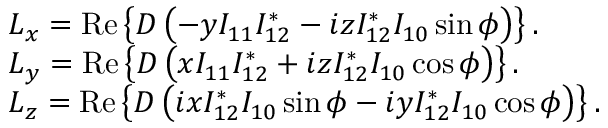
\begin{array} { r l } & { L _ { x } = \operatorname { R e } \left\{ D \left( - y I _ { 1 1 } I _ { 1 2 } ^ { * } - i z I _ { 1 2 } ^ { * } I _ { 1 0 } \sin \phi \right) \right\} . } \\ & { L _ { y } = \operatorname { R e } \left\{ D \left( x I _ { 1 1 } I _ { 1 2 } ^ { * } + i z I _ { 1 2 } ^ { * } I _ { 1 0 } \cos \phi \right) \right\} . } \\ & { L _ { z } = \operatorname { R e } \left\{ D \left( i x I _ { 1 2 } ^ { * } I _ { 1 0 } \sin \phi - i y I _ { 1 2 } ^ { * } I _ { 1 0 } \cos \phi \right) \right\} . } \end{array}